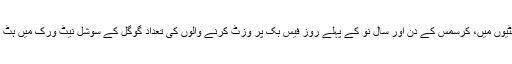
پچھلے سال کرسمس کی چھٹیوں میں، کرسمس کے دن اور سال نو کے پہلے روز فیس بک پر وزٹ کرنے والوں کی تعداد گوگل کے سوشل نیٹ ورک میں ہٹ کرنے والوں سے زیادہ تھی۔